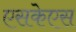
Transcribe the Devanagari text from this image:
एसकेएस